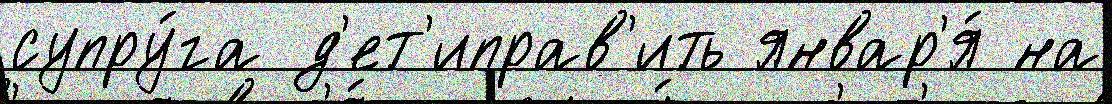
супру́га д'ет'иправ'ить январ'я́ на